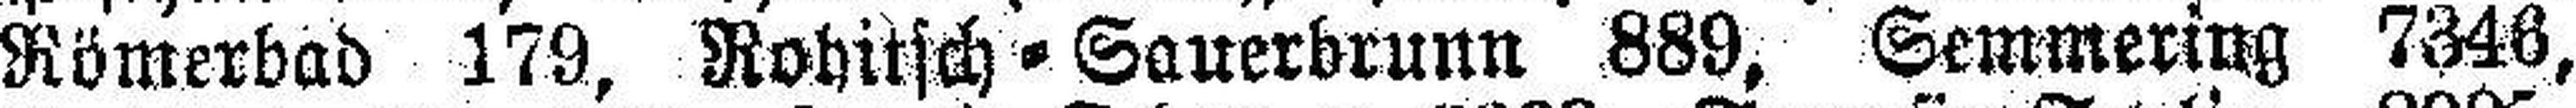
Römerbad 179, Rohitsch = Sauerbrunn 889, Semmering 7346,